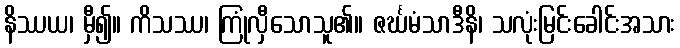
နိဿယ၊ မှီ၍။ ကိသဿ၊ ကြုံလှီသောသူ၏။ ဇင်္ဃမံသာဒီနိ၊ သလုံးမြင်းခေါင်းအသား